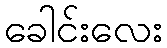
ခေါင်းလေး